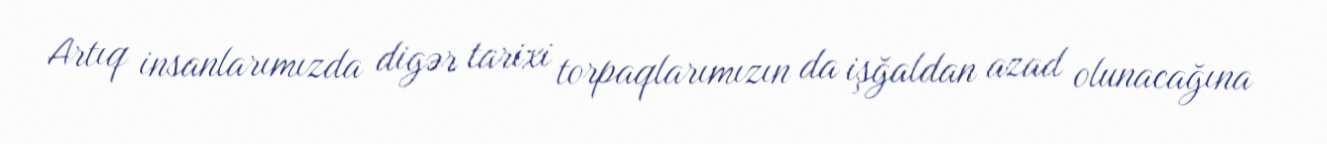
Artıq insanlarımızda digər tarixi torpaqlarımızın da işğaldan azad olunacağına